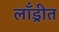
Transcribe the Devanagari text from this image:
लाँड्रीत